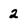
Character: 2